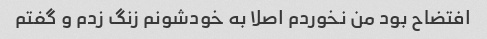
افتضاح بود من نخوردم اصلا به خودشونم زنگ زدم و گفتم